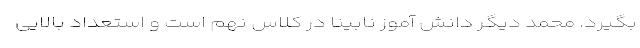
بگیرد. محمد دیگر دانش آموز نابینا در کلاس نهم است و استعداد بالایی